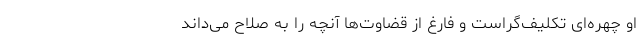
او چهره‌ای تکلیف‌گراست و فارغ از قضاوت‌ها آنچه را به صلاح می‌داند